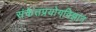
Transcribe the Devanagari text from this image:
संकेतप्रयोगविज्ञान